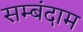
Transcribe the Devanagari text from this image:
सम्बंदाम